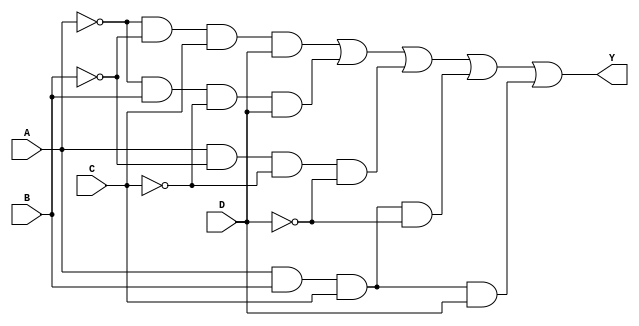
module kmap_4var (
    input wire A, // Input A
    input wire B, // Input B
    input wire C, // Input C
    input wire D, // Input D
    output wire Y // Output Y (simplified Boolean function)
);

// Define the output based on the K-map
// Example K-map filling for a specific Boolean function
// Y = A'B'CD + A'BC'D + AB'C'D' + ABCD' + ABCD
// This is just an example; replace with your actual simplified expression based on your K-map.

assign Y = (~A & ~B & C & D) | // minterm 12
           (~A & B & ~C & D) | // minterm 6
           (A & ~B & ~C & ~D) | // minterm 0
           (A & B & C & ~D) |   // minterm 14
           (A & B & C & D);     // minterm 15

endmodule